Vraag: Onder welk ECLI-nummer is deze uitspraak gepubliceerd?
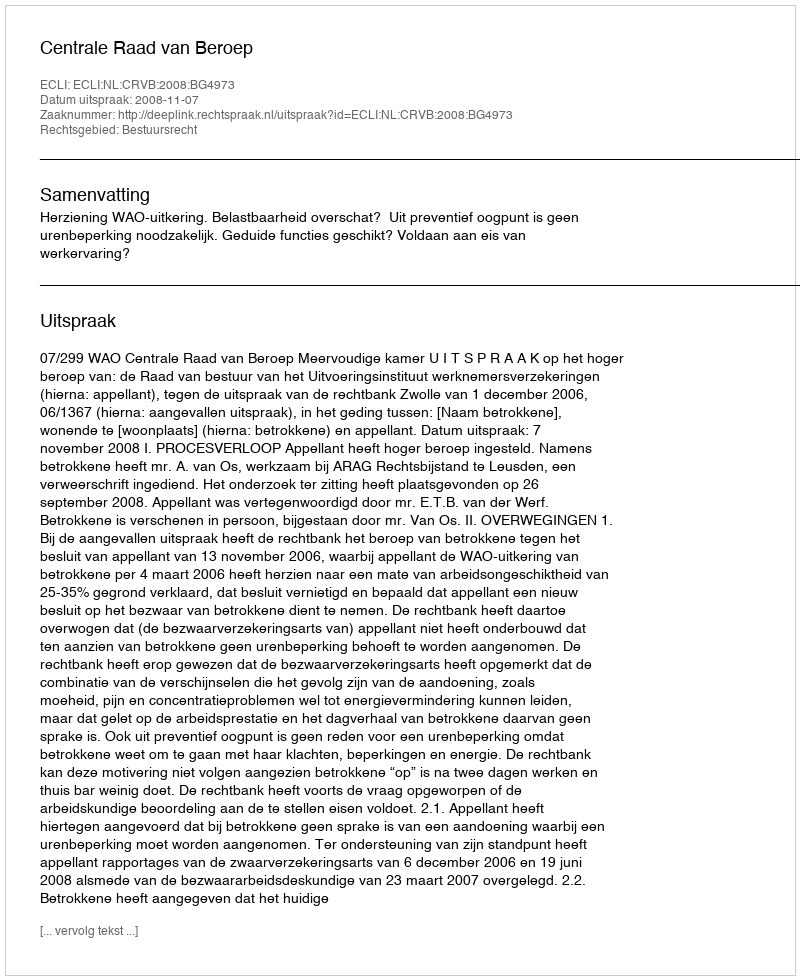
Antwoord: ECLI:NL:CRVB:2008:BG4973